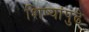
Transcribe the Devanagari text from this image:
शिष्यांपुढे